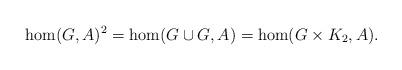
LaTeX: \begin{align*}\hom(G,A)^2=\hom(G\cup G,A)=\hom(G\times K_2,A).\end{align*}